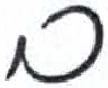
אות: ב